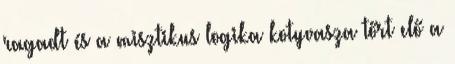
ragadt és a misztikus logika kotyvasza tőrt elő a